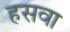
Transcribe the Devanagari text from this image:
हसवा